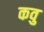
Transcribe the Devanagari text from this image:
कवु